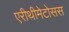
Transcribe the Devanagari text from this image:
एरीथीमेटोसस